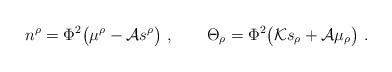
LaTeX: \begin{align*}n^\rho=\Phi^2\big(\mu^\rho -{\cal A} s^\rho\big)\ ,\qquad \Theta_\rho=\Phi^2\big( {\cal K}s_\rho + {\cal A} \mu_\rho\big) \ . \end{align*}